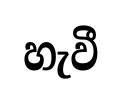
හැවී